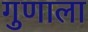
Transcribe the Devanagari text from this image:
गुणाला